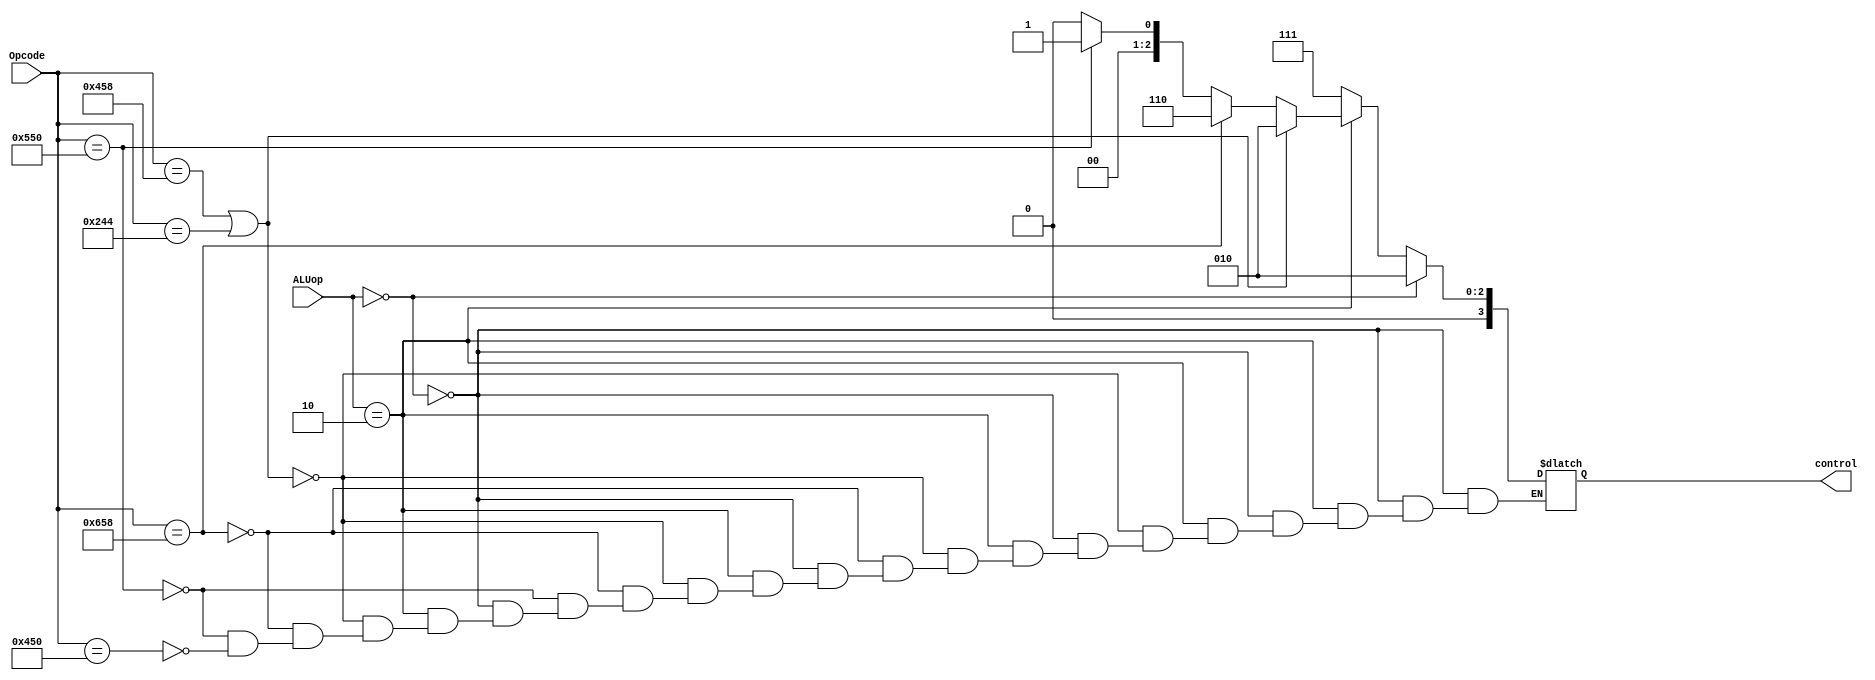
module ALUcontrol (
	input  [10:0] Opcode,
	input  [1:0]  ALUop,
	output [3:0]  control);
	
	parameter	Rtype = 2'b10,
				Dtype = 2'b00,
				ADD   = 11'b10001011000,
				SUB   = 11'b11001011000,     
                AND   = 11'b10001010000,
				ORR = 	11'b10101010000,
				ADDI = 	11'b1001000100;
				
	reg [3:0] result;
	
	assign control = result;
				
				
	always @ (*) begin
		if (ALUop == Dtype)
			result = 4'b0010;
		else if (ALUop == Rtype)
			begin
			if (Opcode == ADD ||Opcode == ADDI)
				result = 4'b0010;
			else if (Opcode == SUB)
				result = 4'b0110;
			else if (Opcode == ORR)
				result = 4'b0001;
			else if (Opcode == AND)
				result = 4'b0000;
			end
		else
			result = 4'b0111;
	end
endmodule